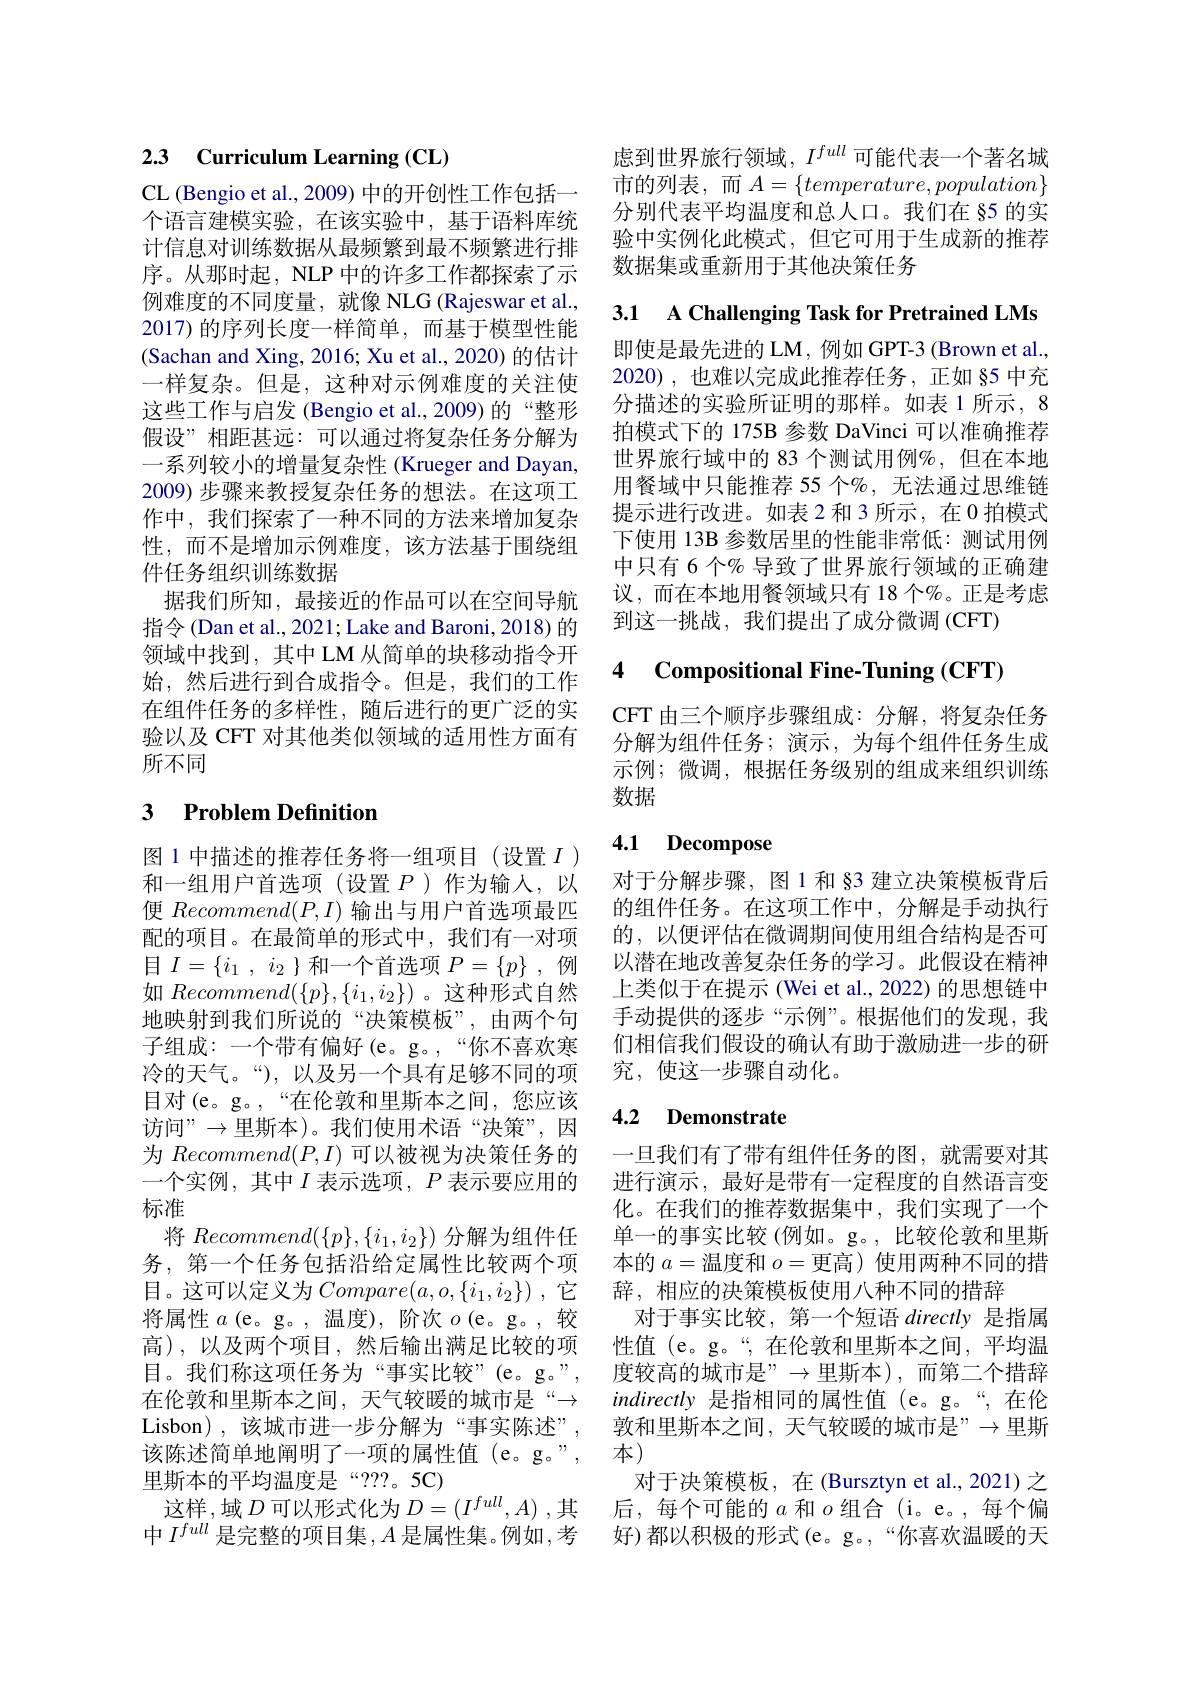
## 2.3 Curriculum Learning (CL)

CL (Bengio et al., 2009) 中的开创性工作包括一个语言建模实验，在该实验中，基于语料库统计信息对训练数据从最频繁到最不频繁进行排序。从那时起，NLP 中的许多工作都探索了示例难度的不同度量，就像 NLG (Rajeswar et al., 2017)的序列长度一样简单，而基于模型性能(Sachan and Xing, 2016; Xu et al., 2020) 的估计一样复杂。但是，这种对示例难度的关注使这些工作与启发 (Bengio et al.,2009)的“整形假设”相距甚远：可以通过将复杂任务分解为一系列较小的增量复杂性 (Krueger and Dayan, 2009)步骤来教授复杂任务的想法。在这项工作中，我们探索了一种不同的方法来增加复杂性，而不是增加示例难度，该方法基于围绕组件任务组织训练数据
据我们所知，最接近的作品可以在空间导航指令 (Dan et al., 2021; Lake and Baroni, 2018) 的领域中找到，其中 LM 从简单的块移动指令开始，然后进行到合成指令。但是，我们的工作在组件任务的多样性，随后进行的更广泛的实验以及 CFT 对其他类似领域的适用性方面有所不同

## 3 Problem Definition

图 1 中描述的推荐任务将一组项目(设置$I$ ) 和一组用户首选项(设置$P$)作为输入，以便$Recommend(P,I)$输出与用户首选项最匹配的项目。在最简单的形式中，我们有一对项$\textbf{目 }I= \{ i_{1}$ , $i_{2}$ $\}$和一个首选项$P= \{ p\}$ ,例如$Recommend(\{p\},\{i_1,i_2\})$。这种形式自然地映射到我们所说的“决策模板”,由两个句子组成：一个带有偏好(e。g。,“你不喜欢寒冷的天气。“),以及另一个具有足够不同的项目对(e。g。,“在伦敦和里斯本之间，您应该访问”$\to$里斯本)。我们使用术语“决策”,因为$Recommend(P,I)$可以被视为决策任务的一个实例，其中$I$ 表示选项，$P$ 表示要应用的标准
将$Recommend(\{p\},\{i_1,i_2\})$分解为组件任务，第一个任务包括沿给定属性比较两个项目。这可以定义为$Compare(a,o,\{i_1,i_2\})$,它将属性$a$ (e。g。, 温度), 阶次$o$(e。g。,较高),以及两个项目，然后输出满足比较的项目。我们称这项任务为“事实比较”(e。g。”, 在伦敦和里斯本之间，天气较暖的城市是“$\to$ Lisbon),该城市进一步分解为“事实陈述”, $敦 和 里 斯 本 之 间 , 天 气 较 暖 的 城 市 是 ” → 里 斯$
该陈述简单地阐明了一项的属性值 (e。g。”, 本)
里斯本的平均温度是“???。5C)
这样，域$D$可以形式化为$D=(I^full,A)$ ,其 后，每个可能的$a$和$o$组合 (i。e。,每个偏中 $I^full$ 是完整的项目集 $,A$ 是属性集。例如，考 好)都以积极的形式(e。g。,“你喜欢温暖的天

虑到世界旅行领域，$I^{full}$可能代表一个著名城市的列表，而$A=\{temperature,population\}$ 分别代表平均温度和总人口。我们在 §5 的实验中实例化此模式，但它可用于生成新的推荐数据集或重新用于其他决策任务

3.1 A Challenging Task for Pretrained LMs

即使是最先进的 LM, 例如 GPT-3 (Brown et al., 2020),也难以完成此推荐任务，正如 §5 中充分描述的实验所证明的那样。如表 1 所示，8拍模式下的 175B 参数 DaVinci 可以准确推荐世界旅行域中的 83 个测试用例$\%$, 但在本地用餐域中只能推荐 55 个$\%$, 无法通过思维链提示进行改进。如表 2 和 3 所示，在 0 拍模式下使用 13B 参数居里的性能非常低：测试用例中只有 6 个% 导致了世界旅行领域的正确建议，而在本地用餐领域只有 18 个$\%$。正是考虑到这一挑战，我们提出了成分微调(CFT)

### 4 Compositional Fine-Tuning (CFT)

CFT 由三个顺序步骤组成：分解，将复杂任务分解为组件任务；演示，为每个组件任务生成示例；微调，根据任务级别的组成来组织训练数据

## 4.1 Decompose

对于分解步骤，图1 和§3 建立决策模板背后的组件任务。在这项工作中，分解是手动执行的，以便评估在微调期间使用组合结构是否可以潜在地改善复杂任务的学习。此假设在精神上类似于在提示 (Wei et al., 2022) 的思想链中手动提供的逐步“示例”。根据他们的发现，我们相信我们假设的确认有助于激励进一步的研究，使这一步骤自动化。

## 4.2 Demonstrate

一旦我们有了带有组件任务的图，就需要对其进行演示，最好是带有一定程度的自然语言变化。在我们的推荐数据集中，我们实现了一个单一的事实比较(例如。g。, 比较伦敦和里斯本的 $a=$温度和 $o=$更高)使用两种不同的措辞，相应的决策模板使用八种不同的措辞
对于事实比较，第一个短语directly是指属性值 (e。g。“,在伦敦和里斯本之间，平均温度较高的城市是”$\to$里斯本),而第二个措辞indirectly 是指相同的属性值 (e。g。“,在伦
对于决策模板，在(Bursztyn et al., 2021) 之